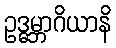
ဥဒ္ဓမ္ဘာဂိယာနိ